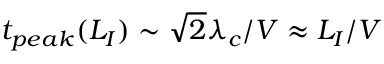
t _ { p e a k } ( L _ { I } ) \sim \sqrt { 2 } \lambda _ { c } / V \approx L _ { I } / V